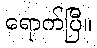
ရောက်ပြီ။